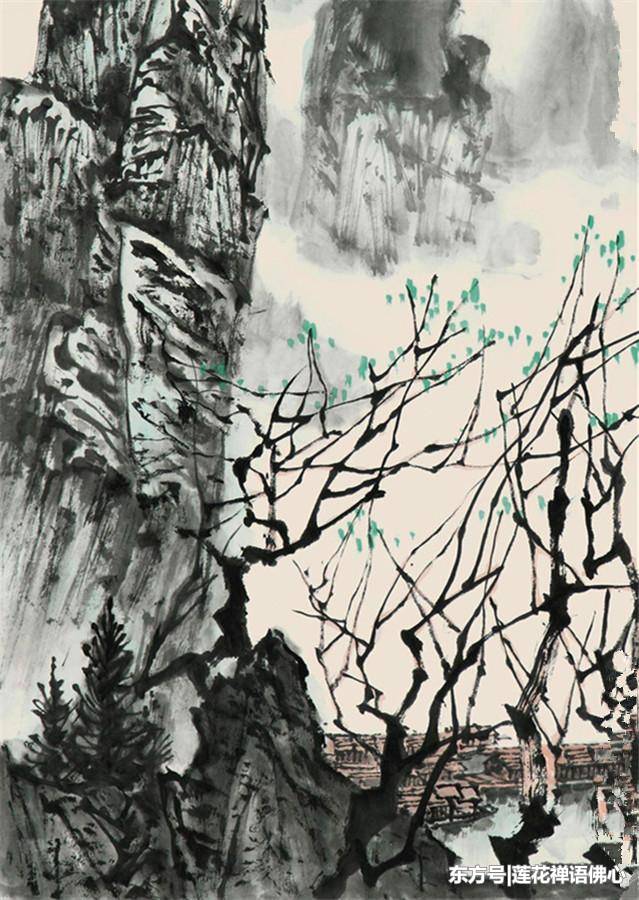
善无主于心者不留，行莫辩于身者不立。